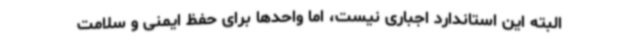
البته این استاندارد اجباری نیست، اما واحدها برای حفظ ایمنی و سلامت